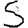
Digit: 5